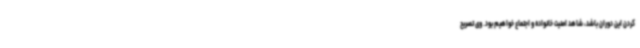
کردن این دوران باشد، شاهد امنیت خانواده و اجتماع خواهیم بود. وی تصریح